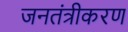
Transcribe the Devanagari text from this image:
जनतंत्रीकरण